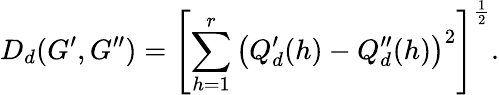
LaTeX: D_{d}(G^{\prime},G^{\prime\prime})=\left[\sum_{h=1}^{r}\left(Q_{d}^{\prime}(h)-Q_{d}^{\prime\prime}(h)\right)^{2}\right]^{\frac{1}{2}}.